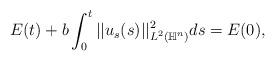
LaTeX: \begin{align*}E(t) + b\int_{0}^t|| u_s(s) ||^2_{L^2(\mathbb{H}^n)}ds =E(0),\end{align*}